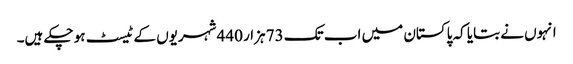
انہوں نے بتایا کہ پاکستان میں اب تک 73 ہزار 440 شہریوں کے ٹیسٹ ہو چکے ہیں۔